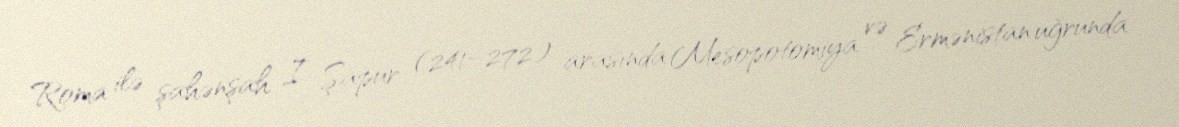
Roma ilə şahənşah I Şapur (241–272) arasında Mesopotomiya və Ermənistan uğrunda